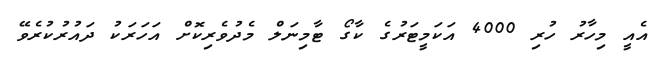
އެއީ މިހާރު ހުރި 4000 އަކަމީޓަރުގެ ކާގޯ ޓާމިނަލް މެދުވެރިކޮށް އަހަރަކު ދައުރުކުރެވޭ